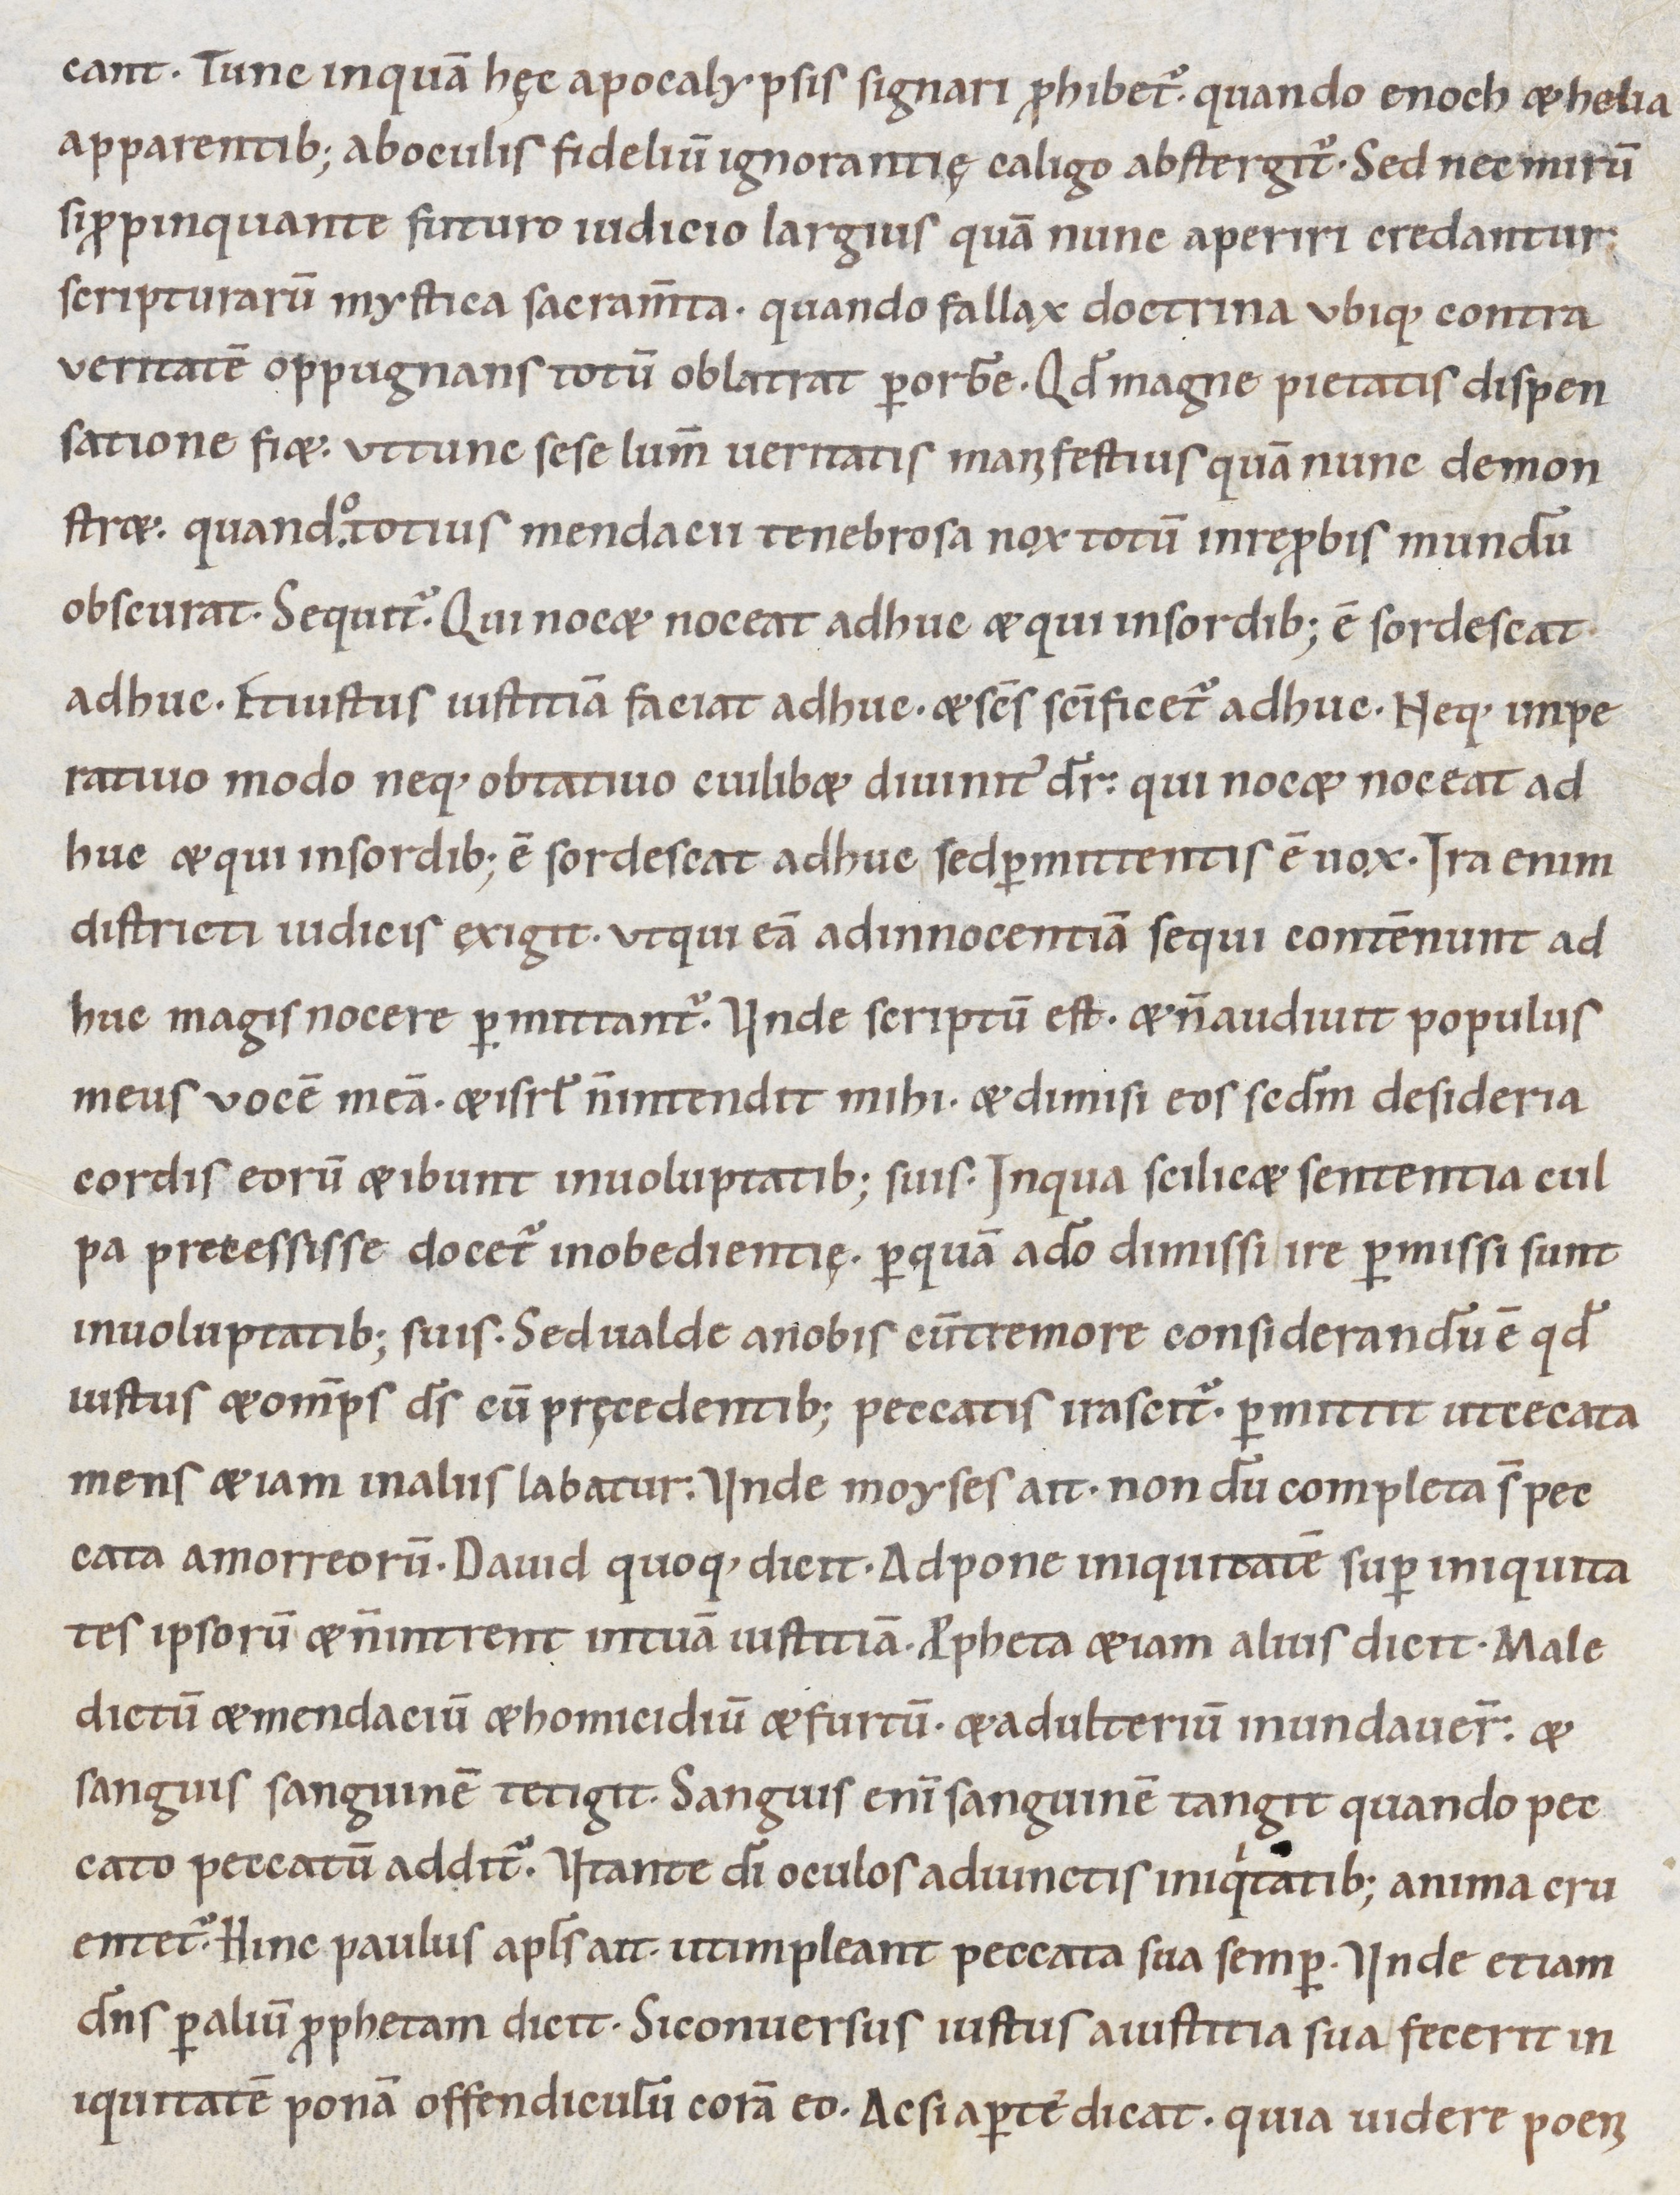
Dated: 1000–1099